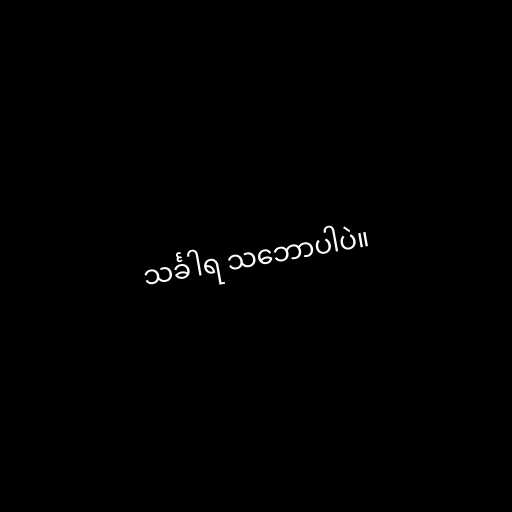
သင်္ခါရ သ‌ဘောပါပဲ။